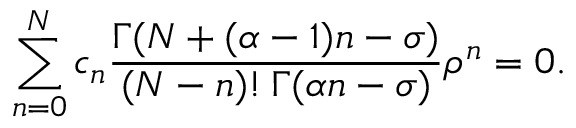
\sum _ { n = 0 } ^ { N } c _ { n } { \frac { \Gamma ( N + ( \alpha - 1 ) n - \sigma ) } { ( N - n ) ! \, \Gamma ( \alpha n - \sigma ) } } \rho ^ { n } = 0 .